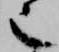
也